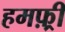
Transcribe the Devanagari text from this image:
हमफ़्री